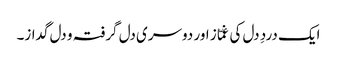
ایک دردِ دل کی غمّاز اور دوسری دل گرفتہ و دل گداز۔